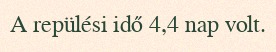
A repülési idő 4,4 nap volt.